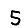
Digit: 5